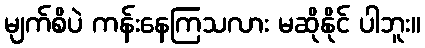
မျက်စိပဲ ကန်းနေကြသလား မဆိုနိုင် ပါဘူး။